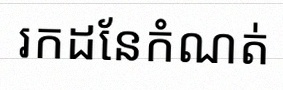
រកដែនកំណត់